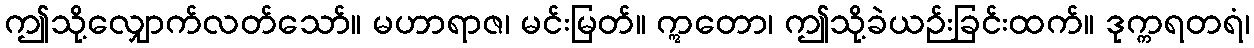
ဤသို့လျှောက်လတ်သော်။ မဟာရာဇ၊ မင်းမြတ်။ ဣတော၊ ဤသို့ခဲယဉ်းခြင်းထက်။ ဒုက္ကရတရံ၊